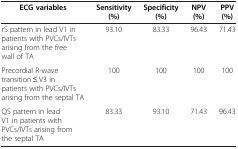
<table><thead><tr><td><b>ECG variables</b></td><td><b>Sensitivity (%)</b></td><td><b>Specificity (%)</b></td><td><b>NPV (%)</b></td><td><b>PPV (%)</b></td></tr></thead><tbody><tr><td>rS pattern in lead V1 in patients with PVCs/IVTs arising from the free wall of TA</td><td>93.10</td><td>83.33</td><td>96.43</td><td>71.43</td></tr><tr><td>Precordial R-wave transition ≤ V3 in patients with PVCs/IVTs arising from the septal TA</td><td>100</td><td>100</td><td>100</td><td>100</td></tr><tr><td>QS pattern in lead V1 in patients with PVCs/IVTs arising from the septal TA</td><td>83.33</td><td>93.10</td><td>71.43</td><td>96.43</td></tr></tbody></table>